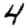
Digit: 4